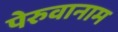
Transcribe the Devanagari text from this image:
पेरुवानाम